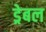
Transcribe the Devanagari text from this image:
ड्रेबल